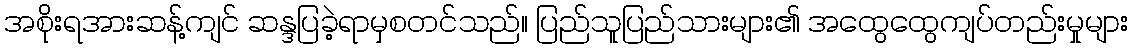
အစိုးရအားဆန့်ကျင် ဆန္ဒပြခဲ့ရာမှစတင်သည်။ ပြည်သူပြည်သားများ၏ အထွေထွေကျပ်တည်းမှုများ